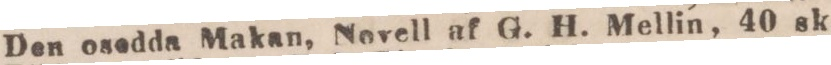
Den osedda Makan, Novell af G. H. Mellin, 40 sk.